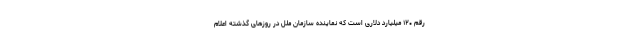
رقم ۱۲۰ میلیارد دلاری است که نماینده سازمان ملل در روزهای گذشته اعلام